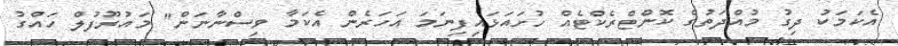
އެކަމަކު ދިގު މުއްދަތުގެ ކޮންޓްރެކްޓެއް ހުށައަޅައިފިނަމަ އަހަރެން އެކަމާ ވިސްނާނަން" މައުރޫފުލް ހައްގު